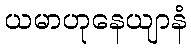
ယမာဟုနေယျာနံ